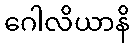
ဂေါလိယာနိ